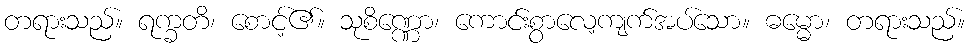
တရားသည်။ ရက္ခတိ၊ စောင့်၏။ သုစိဏ္ဏော၊ ကောင်းစွာလေ့ကျက်အပ်သော။ ဓမ္မော၊ တရားသည်။